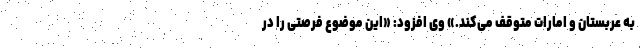
به عربستان و امارات متوقف می‌کند.» وی افزود: «این موضوع فرصتی را در